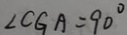
\angle C G A = 9 0 ^ { \circ }